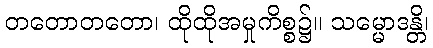
တတောတတော၊ ထိုထိုအမှုကိစ္စ၌။ သမ္မောဒန္တိ၊